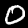
Digit: 0